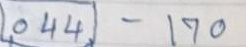
044 - 170